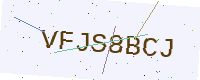
Text: VFJS8BCJ